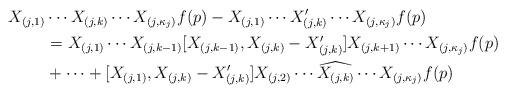
LaTeX: \begin{align*}X_{(j,1)} & \cdots X_{(j,k)} \cdots X_{(j,\kappa_j)} f(p) - X_{(j,1)} \cdots X'_{(j,k)} \cdots X_{(j,\kappa_j)} f(p) \\& = X_{(j,1)} \cdots X_{(j,k-1)} [ X_{(j,k-1)}, X_{(j,k)} - X'_{(j,k)}] X_{(j,k+1)} \cdots X_{(j,\kappa_j)} f(p) \\& + \cdots + [X_{(j,1)}, X_{(j,k)} - X_{(j,k)}'] X_{(j,2)} \cdots \widehat{X_{(j,k)}} \cdots X_{(j,\kappa_j)} f(p)\end{align*}